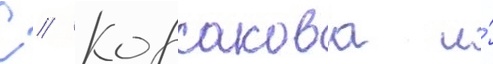
С // Корсакова и́